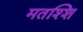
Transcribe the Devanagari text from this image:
मतश्शि